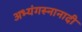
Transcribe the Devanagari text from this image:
अभ्यंगस्नानादी